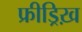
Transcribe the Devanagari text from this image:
फ्रीड्रिख़